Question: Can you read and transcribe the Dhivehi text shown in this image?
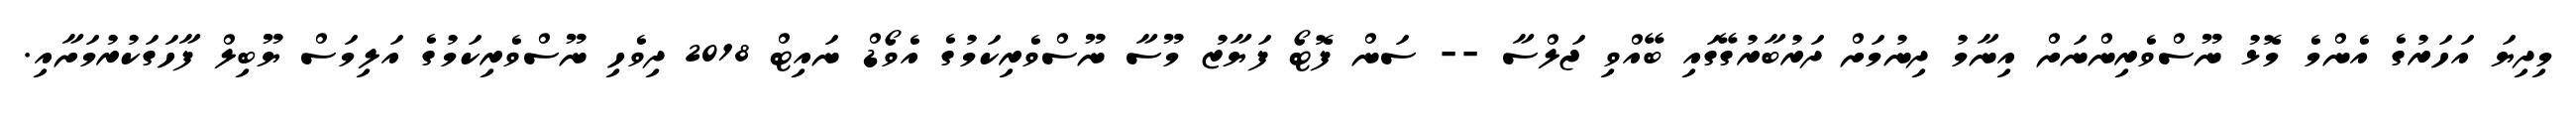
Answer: މިދިޔަ އަހަރުގެ އެންމެ މޮޅު ނޫސްވެރިންނަށް އިނާމު ދިނުމަށް ދަރުބާރުގޭގައި ބޭއްވި ޖަލްސާ -- ސަން ފޮޓޯ ފަޔާޒު މޫސާ ނޫސްވެރިކަމުގެ އެވޯޑް ނައިޓް 2018 ދިވެހި ނޫސްވެރިކަމުގެ އަލިމަސް ޔޫބިލް ފާހަގަކުރުމަށާއި.